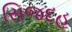
સિજદહ